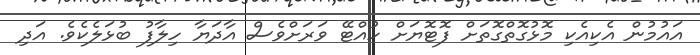
އައުމުން އެކިއެކި މޮޅުގޮތްގޮތަށް ފޮޓޮޔަށް ހުއްޓޭ ވަރަށްވެސް އާދަޔާ ހިލާފު ބުޅަލެކެވެ. އަދި